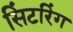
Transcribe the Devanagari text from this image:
सिंटरिंग